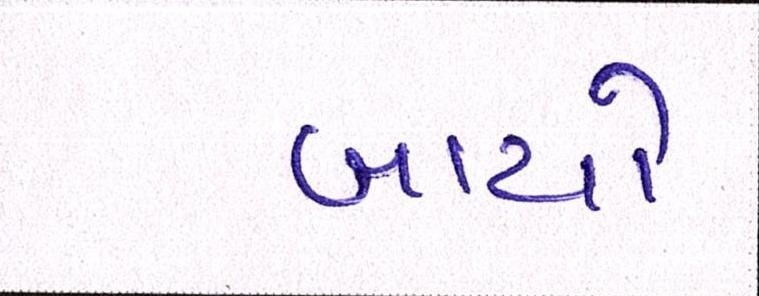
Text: બાયો